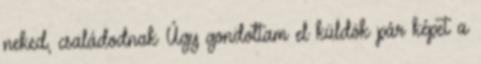
neked, családodnak Úgy gondoltam el küldök pár képet a